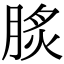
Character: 𦜡